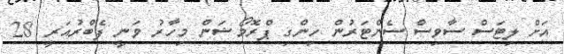
އަށް ލިޓަސް ސާވިސް ސެންޓަރުން ހިންގި ޕްރޮމޯޝަން މިހާރު ވަނީ ފެބްރުއަރީ 28